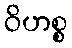
ဝိဟစ္စ